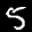
Label: 5